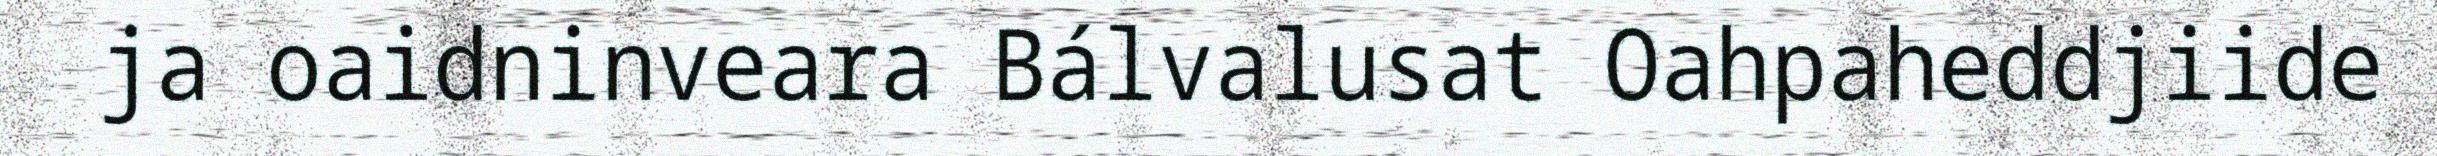
ja oaidninveara Bálvalusat Oahpaheddjiide